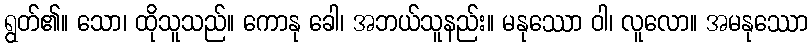
ရွတ်၏။ သော၊ ထိုသူသည်။ ကောနု ခေါ၊ အဘယ်သူနည်း။ မနုဿော ဝါ၊ လူလော။ အမနုဿော